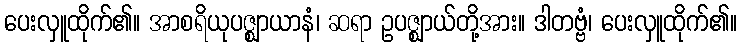
ပေးလှူထိုက်၏။ အာစရိယုပဇ္ဈာယာနံ၊ ဆရာ ဥပဇ္ဈာယ်တို့အား။ ဒါတဗ္ဗံ၊ ပေးလှူထိုက်၏။